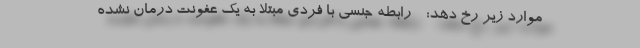
موارد زیر رخ دهد: - رابطه جنسی با فردی مبتلا به یک عفونت درمان نشده